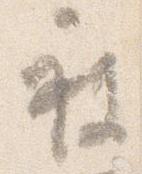
被